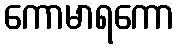
ကောမာရကော